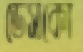
ডেসকো